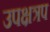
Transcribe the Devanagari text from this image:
उपक्षत्रप